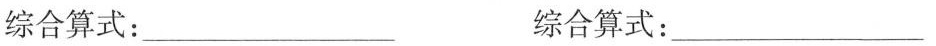
综合算式：___ 综合算式：___